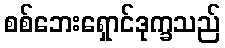
စစ်ဘေးရှောင်ဒုက္ခသည်